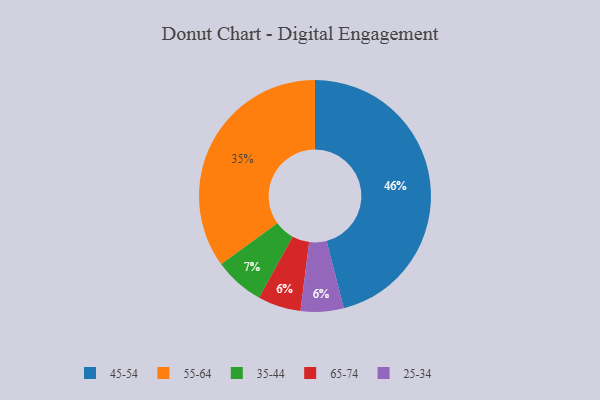
{"axis": {"x": "Category", "y": "Percentage"}, "legend": ["25-34", "35-44", "45-54", "55-64", "65-74"], "data": [{"x": "65-74", "y": 6, "type": "65-74"}, {"x": "25-34", "y": 6, "type": "25-34"}, {"x": "55-64", "y": 35, "type": "55-64"}, {"x": "35-44", "y": 7, "type": "35-44"}, {"x": "45-54", "y": 46, "type": "45-54"}]}